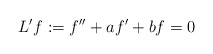
\begin{align*} L'f := f'' + a f' + b f = 0\end{align*}